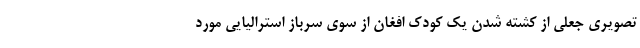
تصویری جعلی از کشته شدن یک کودک افغان از سوی سرباز استرالیایی مورد